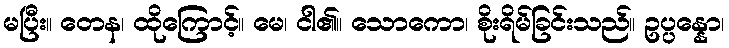
မပြီး။ တေန၊ ထိုကြောင့်။ မေ၊ ငါ၏။ သောကော၊ စိုးရိမ်ခြင်းသည်။ ဥပ္ပန္နော၊